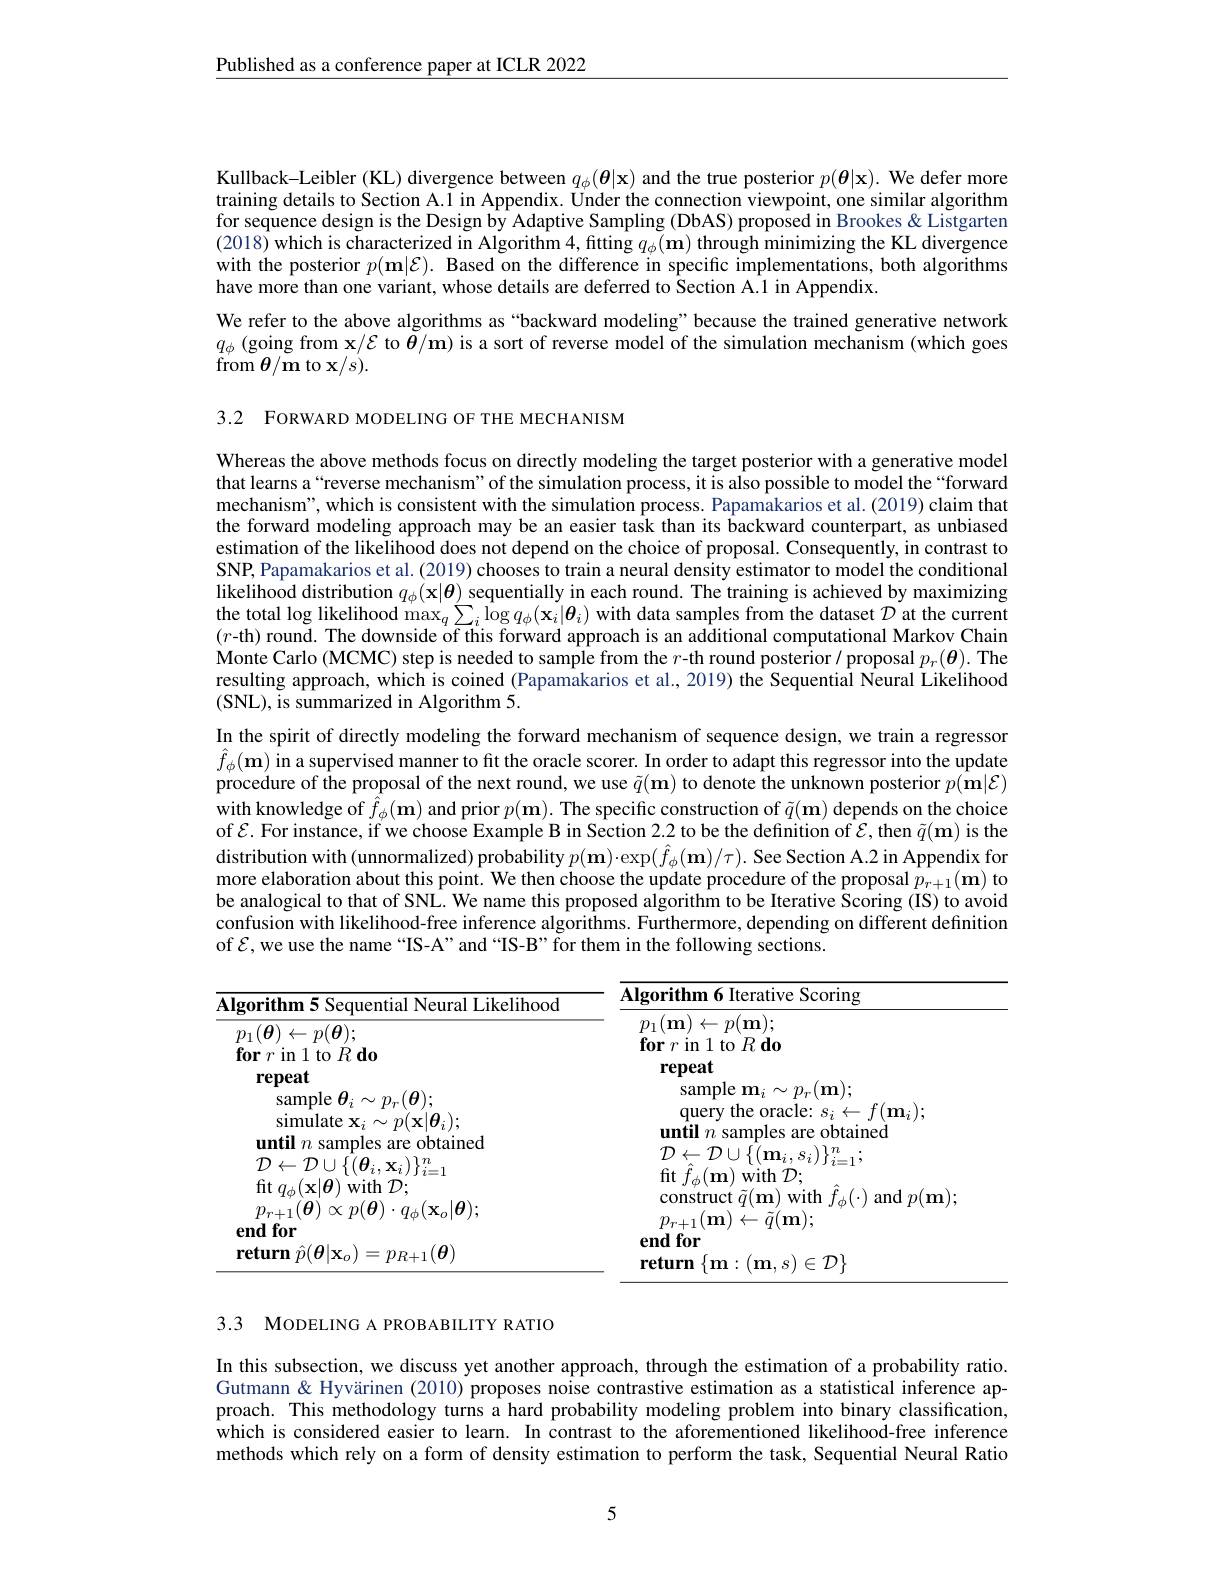
Published as a conference paper at ICLR 2022

Kullback-Leibler (KL) divergence between $q_\phi(\boldsymbol{\theta}|\mathbf{x})$ and the true posterior $p(\boldsymbol{\theta}|\mathbf{x}).$ We defer more training details to Section A.1 in Appendix. Under the connection viewpoint, one similar algorithm for sequence design is the Design by Adaptive Sampling (DbAS) proposed in Brookes & Listgarten (2018) which is characterized in Algorithm 4,fitting $q_\phi(\mathbf{m})$ through minimizing the KL divergence with the posterior $p(\mathbf{m}|\mathcal{E}).$ Based on the difference in specific implementations, both algorithms have more than one variant, whose details are deferred to Section A.1 in Appendix.
We refer to the above algorithms as“backward modeling”because the trained generative network $q_\phi$ (going from x/$\mathcal{E}$ to $\tilde{\boldsymbol{\theta}}/\mathbf{m})$ is a sort of reverse model of the simulation mechanism (which goes $\operatorname{from}\theta/\mathbf{m}$ to x$/s).$

3.2 FORWARD MODELING OF THE MECHANISM

Whereas the above methods focus on directly modeling the target posterior with a generative model that learns a“reverse mechanism” of the simulation process, it is also possible to model the“forward mechanism", which is consistent with the simulation process. Papamakarios et al. (2019) claim that the forward modeling approach may be an easier task than its backward counterpart, as unbiased estimation of the likelihood does not depend on the choice of proposal. Consequently, in contrast to SNP, Papamakarios et al. (2019) chooses to train a neural density estimator to model the conditional likelihood distribution $q_\phi(\mathbf{x}|\boldsymbol{\theta})$ sequentially in each round. The training is achieved by maximizing the total log likelihood $\max_q\sum_i\log q_\phi(\mathbf{x}_i|\boldsymbol{\theta}_i)$ with data samples from the dataset $D$ at the current $(r$-th) round. The downside of this forward approach is an additional computational Markov Chain Monte Carlo (MCMC) step is needed to sample from the $r-$th round posterior/ proposal $p_r(\boldsymbol{\theta}).$ The resulting approach, which is coined (Papamakarios et al., 2019) the Sequential Neural Likelihood (SNL), is summarized in Algorithm 5.
In the spirit of directly modeling the forward mechanism of sequence design, we train a regressor $\hat{f}_\phi(\mathbf{m})$ in a supervised manner to fit the oracle scorer. In order to adapt this regressor into the update procedure of the proposal of the next round, we use $\tilde{q}(\mathbf{m})$ to denote the unknown posterior $p(\tilde{\mathbf{m}}|\mathcal{E})$ with knowledge of $\hat{f}_\phi(\mathbf{m})$ and prior $p(\mathbf{m}).$ The specific construction of $\tilde{q}(\mathbf{m})$ depends on the choice of $\mathcal{E}.$ For instance, if we choose Example B in Section 2.2 to be the definition of $\mathcal{E}$,then $\tilde{q}(\mathbf{m})$ is the distribution with(unnormalized) probability $p(\mathbf{m})\cdot\exp(\hat{f}_{\phi}(\mathbf{m})/\tau).$ See Section A.2 in Appendix for more elaboration about this point. We then choose the update procedure of the proposal $p_{r+1}(\mathbf{m})$ to be analogical to that of SNL. We name this proposed algorithm to be Iterative Scoring (IS) to avoid confusion with likelihood-free inference algorithms. Furthermore, depending on different definition of $\mathcal{E}$,we use the name “IS-A”and“IS-B”for them in the following sections.

<table>
	<tbody>
		<tr>
			<th>loorithm5 $VF$ 10 Neural Likelihood</th>
			<th>Algorithm 6 Iterative Scoring</th>
		</tr>
		<tr>
			<td>$p_{1}(\boldsymbol{\theta})\leftarrow p(\boldsymbol{\theta});$ $\textbf{for}r$in1to$R\textbf{do}$ repeat</td>
			<td>$p_{1}(\mathbf{m})$ $|\leftarrow p(\mathbf{m});$ $\textbf{for }r$ in 1 to $R\textbf{do}$ repeat</td>
		</tr>
		<tr>
			<td>${\mathrm{sample~}\boldsymbol{\theta}_{i}\sim p_{r}(\boldsymbol{\theta});}$ ${\mathrm{simulate~}\mathbf{x} _{i}}\sim p( \mathbf{x} | \boldsymbol{\theta }_{i}) ;$</td>
			<td>${\mathrm{sample~m}}_{i}\sim p_{r}( \mathbf{m} )$ $\textbf{query the oracle: }s_{i}\leftarrow f( \mathbf{m} _{i}) ;$ $\textbf{until }n$ samples are obtained</td>
		</tr>
		<tr>
			<td>$p_{r+1}(\boldsymbol{\theta})\propto p(\boldsymbol{\theta})\cdot q_{\phi}(\mathbf{x}_{o}|\boldsymbol{\theta});$ $\mathbf{endfor}$ $\textbf{return }\hat{p} ( \boldsymbol{\theta }| \mathbf{x} _{o}) = p_{R+ 1}( \boldsymbol{\theta })$</td>
			<td>$J\phi \setminus / {}^{\text{unu}}P( \mathbf{1} .$ $p_{r+1}(\mathbf{m})\leftarrow\tilde{q}(\mathbf{m});$ $\mathbf{endfor}$ $\int_{\mathbf{u}}^{\infty}$ $\mathbf{m} \cdot ( \mathbf{m}$ $\mathbf{s} ) \in \mathcal{D} \}$</td>
		</tr>
	</tbody>
</table>

3.3 MoDELING A PROBABILITY RATIO

In this subsection, we discuss yet another approach, through the estimation of a probability ratio. Gutmann& Hyvärinen (2010) proposes noise contrastive estimation as a statistical inference approach. This methodology turns a hard probability modeling problem into binary classification, which is considered easier to learn. In contrast to the aforementioned likelihood-free inference methods which rely on a form of density estimation to perform the task, Sequential Neural Ratio

5